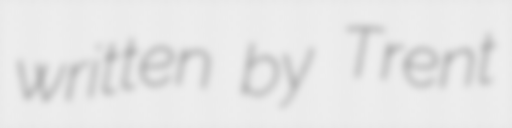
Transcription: written by Trent